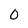
Character: 0